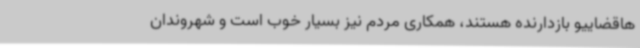
هاقضاییو بازدارنده هستند، همکاری مردم نیز بسیار خوب است و شهروندان